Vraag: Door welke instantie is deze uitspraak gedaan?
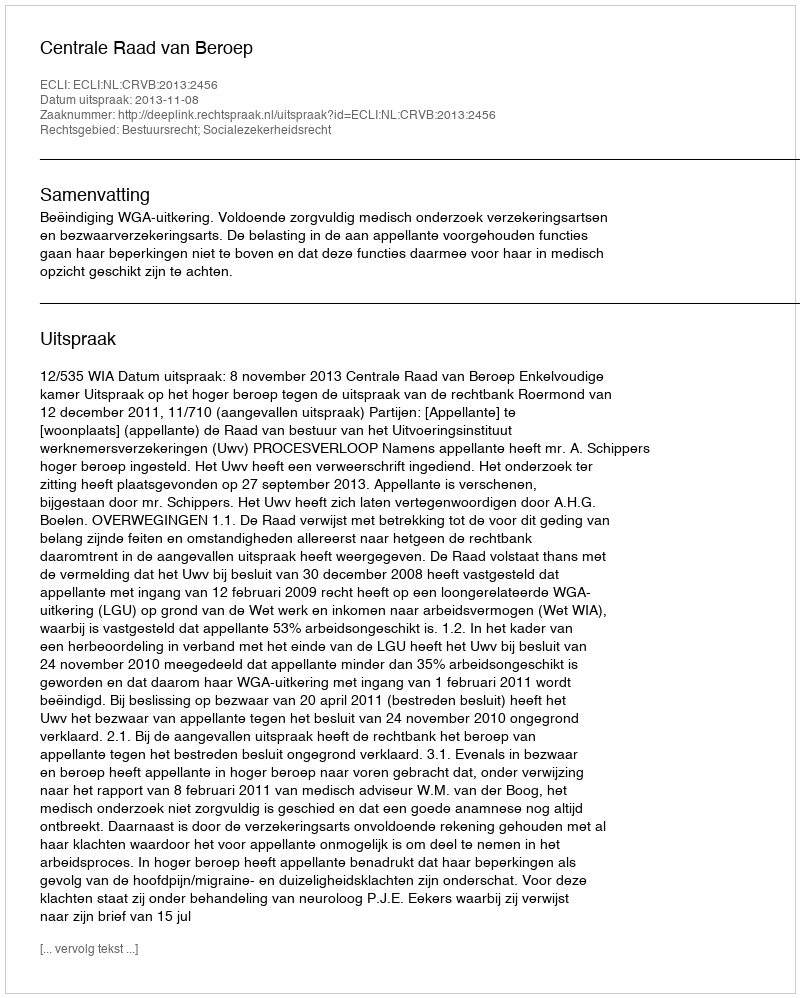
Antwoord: Centrale Raad van Beroep